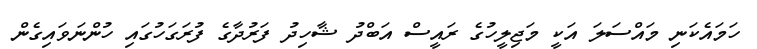
ހަމައެކަނި މައްސަލަ އަކީ މަޖިލީހުގެ ރައީސް އަބްދު ޝާހިދު ފަރުދާގެ ފުރަގަހުގައި ހުންނަވައިގެން